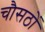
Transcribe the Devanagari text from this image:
चौसठों